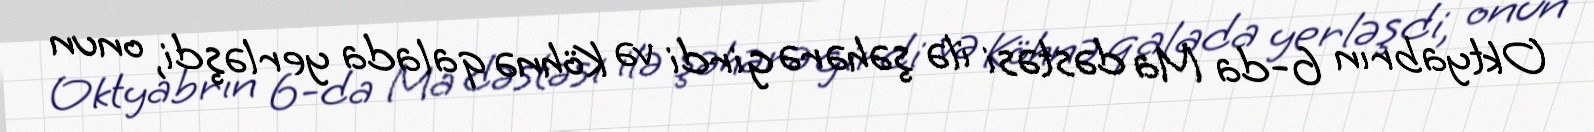
Oktyabrın 6-da Ma dəstəsi ilə şəhərə girdi və Köhnə qalada yerləşdi, onun